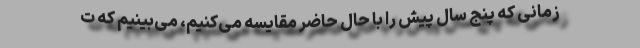
زمانی که پنج سال پیش را با حال حاضر مقایسه می‌کنیم، می‌بینیم که ت